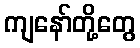
ကျနော်တို့တွေ